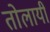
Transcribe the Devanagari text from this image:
तोलायी